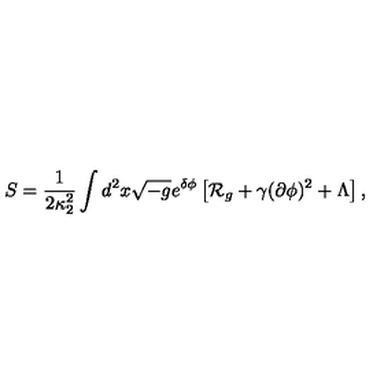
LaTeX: S = { \frac { 1 } { 2 \kappa _ { 2 } ^ { 2 } } } \int d ^ { 2 } x \sqrt { - g } e ^ { \delta \phi } \left[ { \cal R } _ { g } + \gamma ( \partial \phi ) ^ { 2 } + \Lambda \right] ,